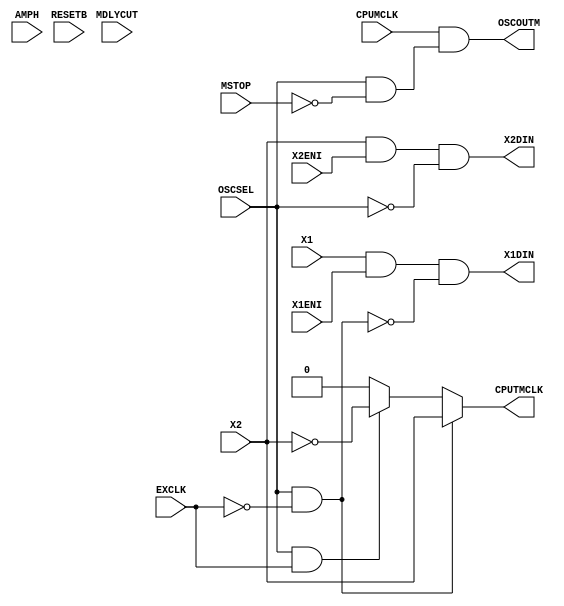
/************************************************************************/
/* Date		: 2009/11/18						*/
/* Version	: 100							*/
/* Designer	: T.Tsunoda						*/
/* Note		: SS3rdpmainU.					*/
/*		: (1) U~					*/
/*		: (2) Up[qf[^			*/
/*		: (3) ICE@\ClockBlockI/F			*/
/*		:     (CPUTMCLK->ClockBlock->CPUMCLK->OSCOUTM)		*/
/*		: [ SS2ndX_ ]					*/
/*		: other_ifB			*/
/************************************************************************/
/* Date		: 2010/04/16						*/
/* Version	: 101							*/
/* Designer	: T.Tsunoda						*/
/* Note		: EMacroXB(OSCMAIN -> QAHMOS0HNV1_ICE)		*/
/*		: E[qB(uMacro[qI	*/
/*		:   AuAMacrog[q	*/
/*		:   SB(Open or [q)			*/
/************************************************************************/
// $Id$

module QAHMOS0HNV1_ICE (
	OSCSEL, EXCLK, X1, X1ENI, X1DIN, X2, X2ENI, X2DIN, MSTOP, OSCOUTM,
	CPUTMCLK,CPUMCLK,
	RESETB, MDLYCUT, AMPH
		);

	input	OSCSEL;		// OSC[h(H),Port[h(L)IM	(from csc)
	input	EXCLK;		// EXCLK[hM(H)				(from csc)
	input	X1;		// Uq or o(ICE)		(from [q)
	input	X1ENI;		// Port[h,X1 Input Enable		(from port12)
	output	X1DIN;		// Port[h,X1p[qf[^	(to port12)
	input	X2;		// Uq or o(ICE)		(from [q)
	input	X2ENI;		// Port[h,X2 Input Enable		(from port12)
	output	X2DIN;		// Port[h,X2p[qf[^	(to port12)
	input	MSTOP;		// OSC[h,U~(H)			(from csc)
	output	OSCOUTM;	// OSC[h,Uo(CPUMCLK~)	(to csc)
	/*--------------*/
	/* ICEpI/F	*/
	/*--------------*/
	output	CPUTMCLK;	// X2p[qClock				(to clock block)
	input	CPUMCLK;	// Main Clock(ICEClockI)		(from clock block)
	/*----------------------*/
	/* (gp[q)	*/
	/*----------------------*/
	input	RESETB;		// OSCpmCYFilterResetM			(from csc)
	input	MDLYCUT;	// Filter(H:N/FO,L:N/F)		(from modectl)
	input	AMPH;		// OSCAMP Dimension(1:20MHz,0:10MHz)	(from csc)

	// ------------------------------------------------
	// port12f[^ClockubNn[qClock -
	// ------------------------------------------------
	// --- Main OSC ---
	wire	oscmode_m	= OSCSEL & ~EXCLK;
	wire	exclkmode_m	= OSCSEL &  EXCLK;
	assign	CPUTMCLK = (oscmode_m) ? X2 : (exclkmode_m) ? ~X2 : 1'b0;
	
	// --- p121(x1),p122(x2) ---
	assign	X1DIN = X1 & X1ENI & ~oscmode_m;
	assign	X2DIN = X2 & X2ENI & ~OSCSEL;
	
	// ------------------------------------------------
	// ClockubNClockCSCn            -
	// ------------------------------------------------
	// --- baseck ---
	wire	main_en	= OSCSEL & ~MSTOP;
	assign	OSCOUTM	= CPUMCLK & main_en;

	
endmodule